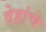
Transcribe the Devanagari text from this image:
देहांचे